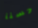
حسنآ